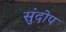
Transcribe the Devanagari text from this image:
सुंदोप